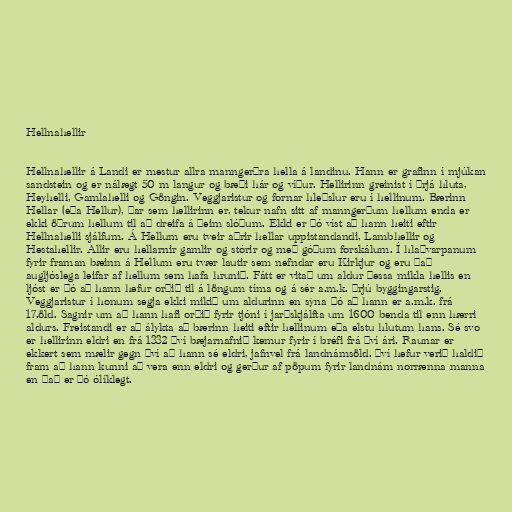
Hellnahellir

Hellnahellir á Landi er mestur allra manngerðra hella á landinu. Hann er grafinn í mjúkan
sandstein og er nálægt 50 m langur og bæði hár og víður. Hellirinn greinist í þrjá hluta,
Heyhelli, Gamlahelli og Göngin. Veggjaristur og fornar hleðslur eru í hellinum. Bærinn
Hellar (eða Hellur), þar sem hellirinn er, tekur nafn sitt af manngerðum hellum enda er
ekki öðrum hellum til að dreifa á þeim slóðum. Ekki er þó víst að hann heiti eftir
Hellnahelli sjálfum. Á Hellum eru tveir aðrir hellar uppistandandi, Lambhellir og
Hestahellir. Allir eru hellarnir gamlir og stórir og með góðum forskálum. Í hlaðvarpanum
fyrir framan bæinn á Hellum eru tvær lautir sem nefndar eru Kirkjur og eru það
augljóslega leifar af hellum sem hafa hrunið. Fátt er vitað um aldur þessa mikla hellis en
ljóst er þó að hann hefur orðið til á löngum tíma og á sér a.m.k. þrjú byggingarstig.
Veggjaristur í honum segja ekki mikið um aldurinn en sýna þó að hann er a.m.k. frá
17.öld. Sagnir um að hann hafi orðið fyrir tjóni í jarðskjálfta um 1600 benda til enn hærri
aldurs. Freistandi er að álykta að bærinn heiti eftir hellinum eða elstu hlutum hans. Sé svo
er hellirinn eldri en frá 1332 því bæjarnafnið kemur fyrir í bréfi frá því ári. Raunar er
ekkert sem mælir gegn því að hann sé eldri, jafnvel frá landnámsöld. Því hefur verið haldið
fram að hann kunni að vera enn eldri og gerður af pöpum fyrir landnám norrænna manna
en það er þó ólíklegt.